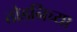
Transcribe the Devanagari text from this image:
तोडनिच्या